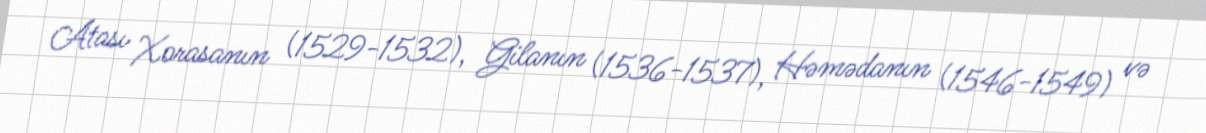
Atası Xorasanın (1529-1532), Gilanın (1536-1537), Həmədanın (1546-1549) və